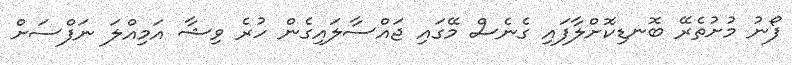
ފޯނު މުށުތެރޭ ބޮނޑިކޮށްލާފައި ގެނެސް މޭގައި ޖައްސާލައިގެން ހުރެ ވިޝާ އަމިއްލަ ނަފްސަށް